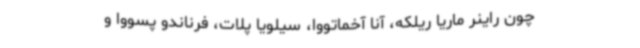
چون راینر ماریا ریلکه، آنا آخماتووا، سیلویا پلات، فرناندو پسووا و